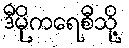
ဒီမိုကရေစီသို့